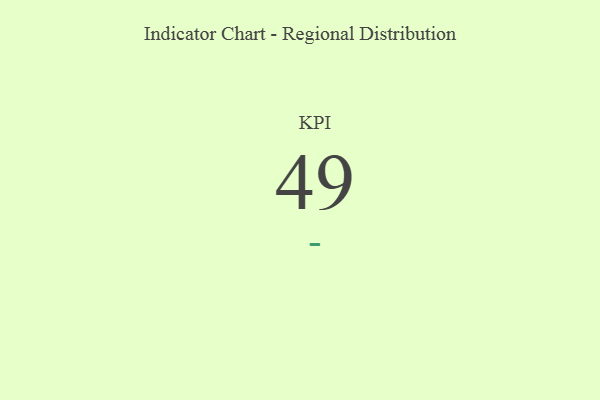
{"axis": {"x": "KPI", "y": "Value"}, "legend": [""], "data": [{"x": "KPI", "y": 49, "type": ""}]}